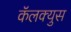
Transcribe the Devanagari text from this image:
कॅलक्युस